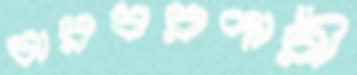
বারবরদারী